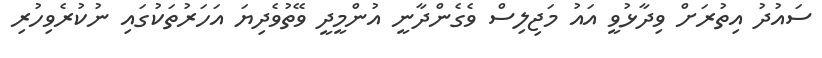
ސައުދު އިތުރަށް ވިދާޅުވީ އައު މަޖިލިސް ވެގެންދާނީ އުންމީދީ ވޭތުވެދިޔަ އަހަރުތަކުގައި ނުކުރެވިހުރި